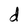
Character: d